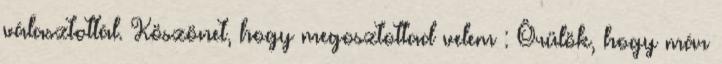
választottál. Köszönet, hogy megosztottad velem : Örülök, hogy már